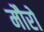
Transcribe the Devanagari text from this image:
मौरो